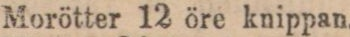
Morötter 12 öre knippan.